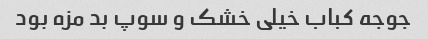
جوجه کباب خیلی خشک و سوپ بد مزه بود